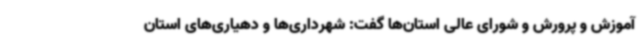
آموزش و پرورش و شورای عالی استان‌ها گفت: شهرداری‌ها و دهیاری‌های استان